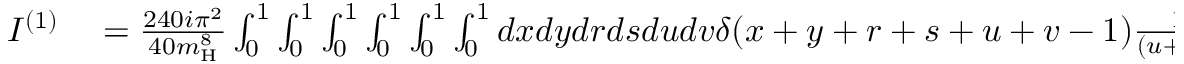
\begin{array} { r l } { I ^ { ( 1 ) } } & { { } = \frac { 2 4 0 i \pi ^ { 2 } } { 4 0 m _ { \mathrm { H } } ^ { 8 } } \int _ { 0 } ^ { 1 } \int _ { 0 } ^ { 1 } \int _ { 0 } ^ { 1 } \int _ { 0 } ^ { 1 } \int _ { 0 } ^ { 1 } \int _ { 0 } ^ { 1 } d x d y d r d s d u d v \delta ( x + y + r + s + u + v - 1 ) \frac { 1 } { ( u + v ) ^ { 4 } } } \end{array}